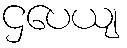
ဌပေယျ